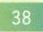
\(38\)